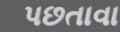
પછતાવા